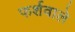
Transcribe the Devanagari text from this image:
फर्शवाले